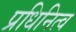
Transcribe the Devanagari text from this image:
प्रधिनित्व